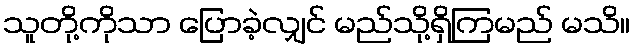
သူတို့ကိုသာ ပြောခဲ့လျှင် မည်သို့ရှိကြမည် မသိ။